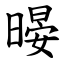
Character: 暥